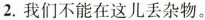
2.我们不能在这儿丢杂物。